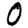
Digit: 0